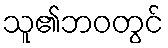
သူ၏ဘဝတွင်